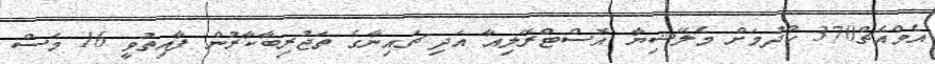
އެމްއެޗް370 ހޯދުމަށް މެލޭޝިޔާ އޮސްޓްރޭލިއާ އަދި ޗައިނާގެ ތަޖުރިބާކާރުން ފާއިތުވީ 16 މަސް